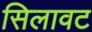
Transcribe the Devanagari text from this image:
सिलावट